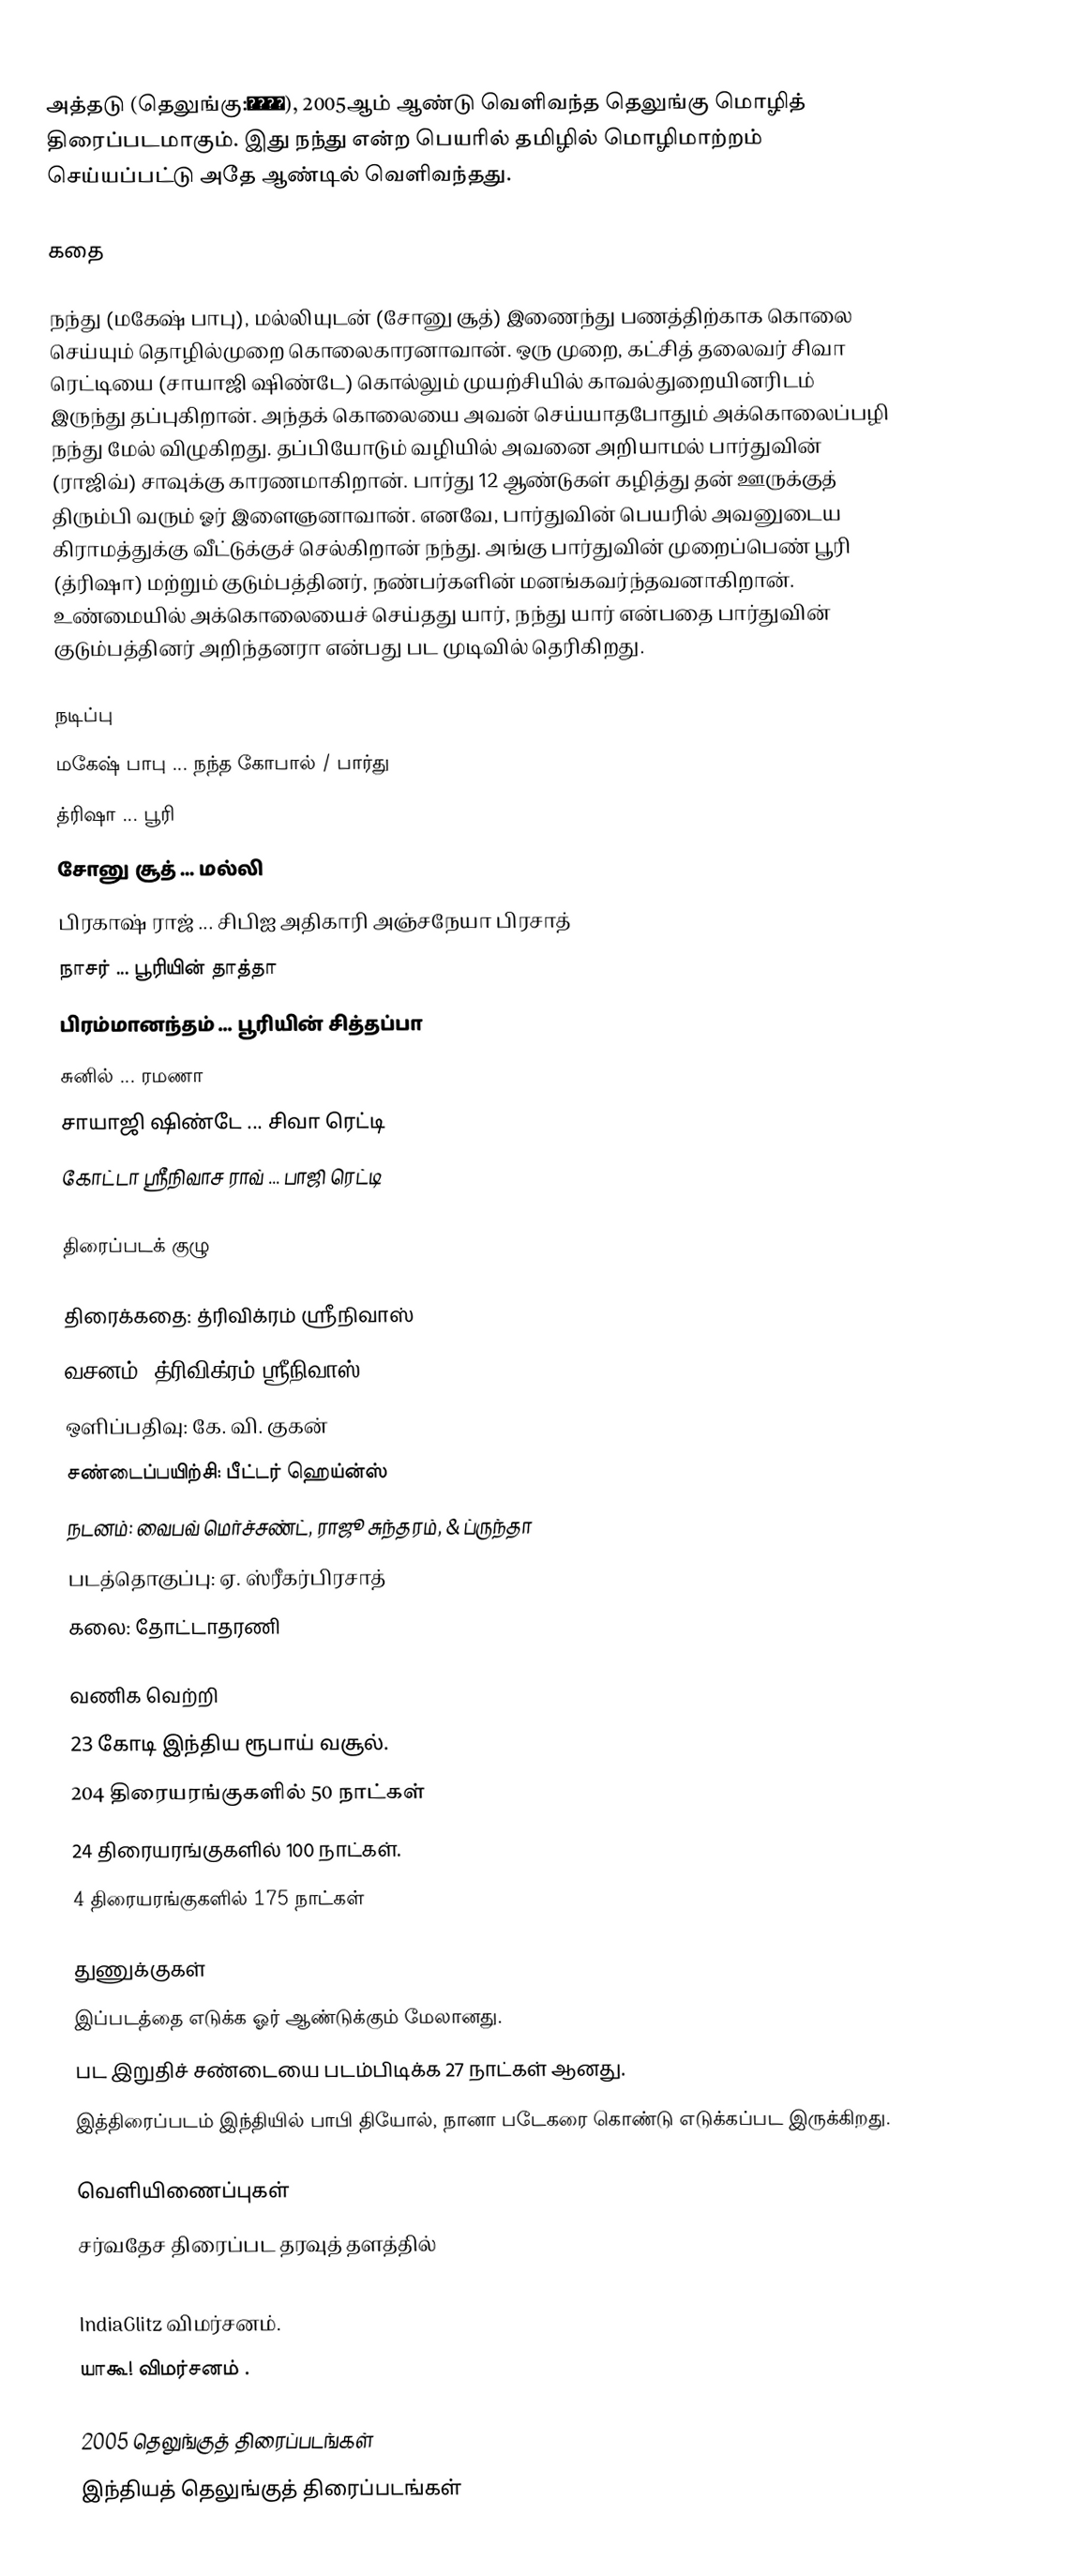
அத்தடு (தெலுங்கு:అతడు), 2005ஆம் ஆண்டு வெளிவந்த தெலுங்கு மொழித் திரைப்படமாகும். இது நந்து என்ற பெயரில் தமிழில் மொழிமாற்றம் செய்யப்பட்டு அதே ஆண்டில் வெளிவந்தது.

கதை

நந்து (மகேஷ் பாபு), மல்லியுடன் (சோனு சூத்) இணைந்து பணத்திற்காக கொலை செய்யும் தொழில்முறை கொலைகாரனாவான். ஒரு முறை, கட்சித் தலைவர் சிவா ரெட்டியை (சாயாஜி ஷிண்டே) கொல்லும் முயற்சியில் காவல்துறையினரிடம் இருந்து தப்புகிறான். அந்தக் கொலையை அவன் செய்யாதபோதும் அக்கொலைப்பழி நந்து மேல் விழுகிறது. தப்பியோடும் வழியில் அவனை அறியாமல் பார்துவின் (ராஜிவ்) சாவுக்கு காரணமாகிறான். பார்து 12 ஆண்டுகள் கழித்து தன் ஊருக்குத் திரும்பி வரும் ஓர் இளைஞனாவான். எனவே, பார்துவின் பெயரில் அவனுடைய கிராமத்துக்கு வீட்டுக்குச் செல்கிறான் நந்து. அங்கு பார்துவின் முறைப்பெண் பூரி (த்ரிஷா) மற்றும் குடும்பத்தினர், நண்பர்களின் மனங்கவர்ந்தவனாகிறான். உண்மையில் அக்கொலையைச் செய்தது யார், நந்து யார் என்பதை பார்துவின் குடும்பத்தினர் அறிந்தனரா என்பது பட முடிவில் தெரிகிறது.

நடிப்பு
 மகேஷ் பாபு ... நந்த கோபால் / பார்து
 த்ரிஷா ... பூரி
 சோனு சூத் ... மல்லி
 பிரகாஷ் ராஜ் ... சிபிஐ அதிகாரி அஞ்சநேயா பிரசாத்
 நாசர் ... பூரியின் தாத்தா
 பிரம்மானந்தம் ... பூரியின் சித்தப்பா
 சுனில் ... ரமணா
 சாயாஜி ஷிண்டே ... சிவா ரெட்டி
 கோட்டா ஸ்ரீநிவாச ராவ் ... பாஜி ரெட்டி

திரைப்படக் குழு

 திரைக்கதை: த்ரிவிக்ரம் ஸ்ரீநிவாஸ்
 வசனம்: த்ரிவிக்ரம் ஸ்ரீநிவாஸ்
 ஒளிப்பதிவு: கே. வி. குகன்
 சண்டைப்பயிற்சி: பீட்டர் ஹெய்ன்ஸ்
 நடனம்: வைபவ் மெர்ச்சண்ட், ராஜூ சுந்தரம், & ப்ருந்தா
 படத்தொகுப்பு: ஏ. ஸ்ரீகர்பிரசாத்
 கலை: தோட்டாதரணி

வணிக வெற்றி
 23 கோடி இந்திய ரூபாய் வசூல்.
 204 திரையரங்குகளில் 50 நாட்கள்
 24 திரையரங்குகளில் 100 நாட்கள்.
 4 திரையரங்குகளில் 175 நாட்கள்

துணுக்குகள்
 இப்படத்தை எடுக்க ஓர் ஆண்டுக்கும் மேலானது.
 பட இறுதிச் சண்டையை படம்பிடிக்க 27 நாட்கள் ஆனது.
 இத்திரைப்படம் இந்தியில் பாபி தியோல், நானா படேகரை கொண்டு எடுக்கப்பட இருக்கிறது.

வெளியிணைப்புகள்
சர்வதேச திரைப்பட தரவுத் தளத்தில்
Jeevi Review.
IndiaGlitz விமர்சனம்.
யாகூ! விமர்சனம் .

2005 தெலுங்குத் திரைப்படங்கள்
இந்தியத் தெலுங்குத் திரைப்படங்கள்